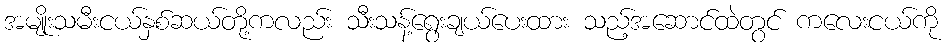
အမျိုးသမီးငယ်နှစ်ဆယ်တို့ကလည်း သီးသန့်ရွေးချယ်ပေးထား သည့်အဆောင်ထဲတွင် ကလေးငယ်ကို